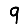
Digit: 9